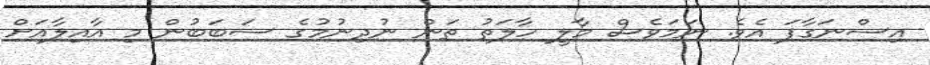
އިސްނަގާފަ އެވެ. ނަމަވެސް މާލީ ހާލަތު ތަން ނުދިނުމުގެ ސަބަބުން މި އާއިލާއަށް